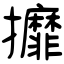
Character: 攠